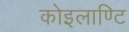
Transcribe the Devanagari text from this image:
कोइलाण्टि